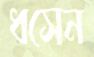
ধসেন